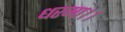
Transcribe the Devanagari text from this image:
धरमा।।